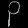
Digit: ၃